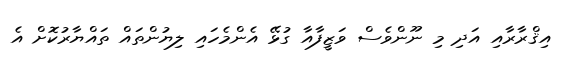
އިޤްރާރާއި އަދި މި ނޫންވެސް ވަޒީފާއާ ގުޅޭ އެންމެހައި ލިޔުންތައް ތައްޔާރުކޮށް އެ